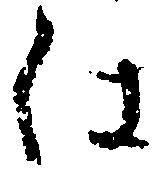
仕